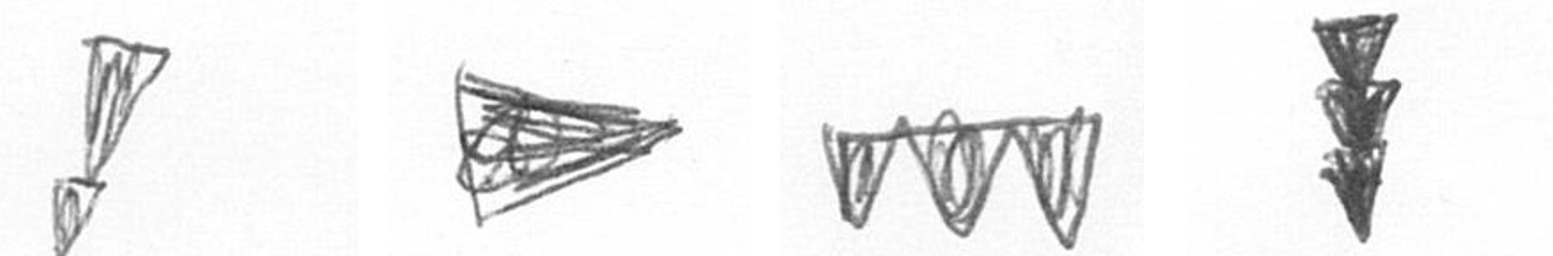
Z T L E